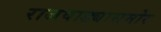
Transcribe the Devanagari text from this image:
राजवाड्यासमोर